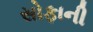
સોફાની